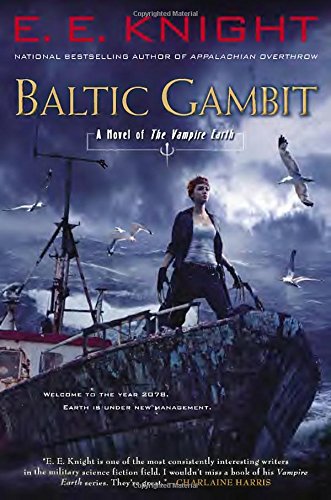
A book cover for Baltic Gambit: A Novel of the Vampire Earth; E.E. Knight; Science Fiction & Fantasy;